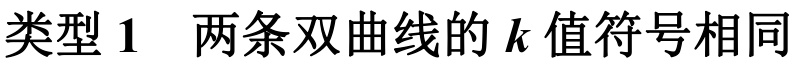
类型 1 \quad 两条双曲线的 \(k\) 值符号相同